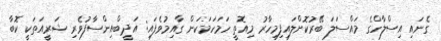
ގެނައި އިސްލާހްގެ މައްސަލަ ބޭރުކޮށްލައިފިމިހާރު މިއޮތީ ހަމަހަމަކަން ގާއިމުވެފައި: އަދީބްއިންސާފުވެރި ޝަރީއަތަކީ ކޮބާ